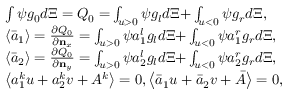
\begin{array} { r l } & { \int { \psi { { g } _ { 0 } } d \Xi = { { Q } _ { 0 } } = } \int _ { u > 0 } { \psi { { g } _ { l } } d \Xi + } \int _ { u < 0 } { \psi { { g } _ { r } } d \Xi } , } \\ & { \left\langle { { { \bar { a } } } _ { 1 } } \right\rangle = \frac { \partial { { Q } _ { 0 } } } { \partial { { \mathbf { n } } _ { x } } } = \int _ { u > 0 } { \psi a _ { 1 } ^ { l } { { g } _ { l } } d \Xi + } \int _ { u < 0 } { \psi a _ { 1 } ^ { r } { { g } _ { r } } d \Xi } , } \\ & { \left\langle { { { \bar { a } } } _ { 2 } } \right\rangle = \frac { \partial { { Q } _ { 0 } } } { \partial { { \mathbf { n } } _ { y } } } = \int _ { u > 0 } { \psi a _ { 2 } ^ { l } { { g } _ { l } } d \Xi + } \int _ { u < 0 } { \psi a _ { 2 } ^ { r } { { g } _ { r } } d \Xi } , } \\ & { \left\langle a _ { 1 } ^ { k } u + a _ { 2 } ^ { k } v + { { A } ^ { k } } \right\rangle = 0 , \left\langle { { { \bar { a } } } _ { 1 } } u + { { { \bar { a } } } _ { 2 } } v + \bar { A } \right\rangle = 0 , } \end{array}